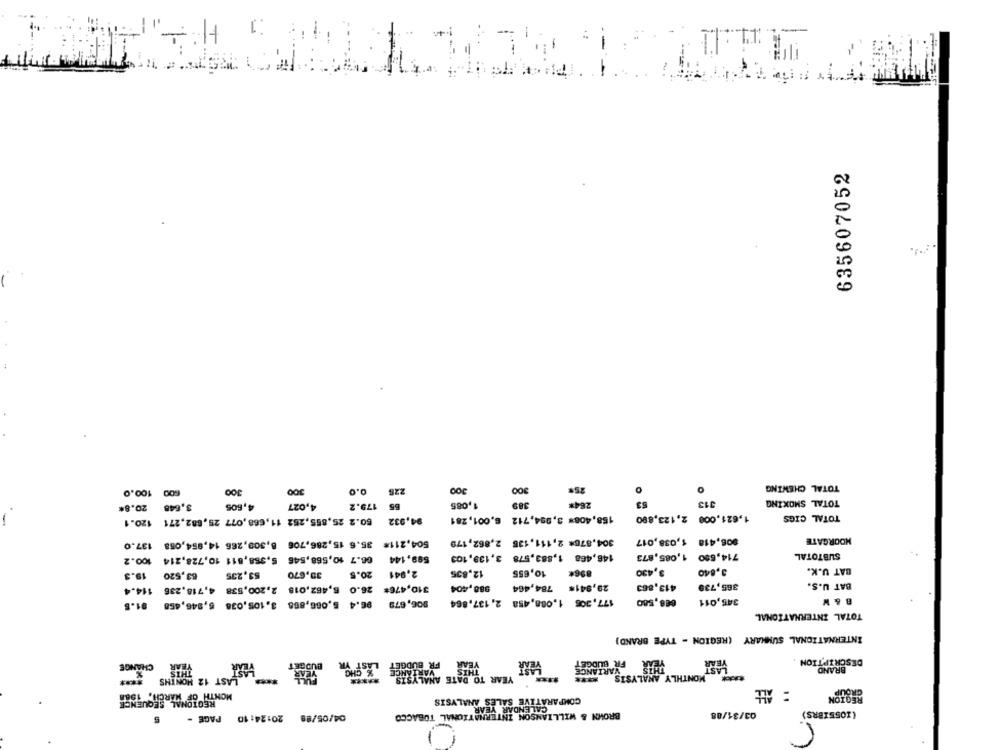
635607052
300
300
25#
TOTAL CHEWING
600 100.0
300
300
0.0
225
4,027
179.2
65
1,085
389
264%
63
313
TOTAL SMOKING
3,648 20.8*
4,605
94,932
158,408# 3,994,712 6,001,281
1,621,000 2,123,890
TOTAL CIGS
60.2 25,855,252 11,668,077 25,682,271 120.1
-
304,876* 2,111,135 2,862,179
906,418 1,038,017
MOORGATE
504,211* 35.6 15,286,706 8,309,266 14,854,058 137.0
146,468 1,883,578 3,139,103
714,600 1,085,873
SUBTOTAL
66.7 10,568,546 5,368,811 10,728,214 100.2
599,144
10,655
896%
3,430
3,840
BAT U.K.
19.3
63,520
53,235
39,670
20.5
2,941
12,835
29,941* 784,464
413,863
365,739
BAT U.S.
310,476# 26.0 6,462,018 2,200,538 4,718,236 114.4
988,404
177,306 1.088,458 2, 137,864
668,580
345,011
B & W
96.4 5,066,868 3,105,038 5,946,458 91.8
906,679
TOTAL INTERNATIONAL
INTERNATIONAL SUMMARY (REGION - TYPE BRAND)
YEAR
DESCRIPTION
CHANGE
LAST 12 MONTHS
BUDGET
LAST YI
VARIANCE
FR BUDGET
YEAR
YEAR
FR BUDGET
THIS
BRAND
.% CHO
THIS
YEAR TO DATE AVARIANCE
VARIANCE
*****
***** MONTHLY ANALYSIS ****
: ALL
MONTH OF MARCH, 1988
COMPARATIVE SALES ANALYSIS
RESTON
REGIONAL SEQUENCE
CALENDAR YEAR
BROWN & WILLIAMSON INTERNATIONAL TOBACCO
03/34/88
(IO55IBRS)
5
04/05/89 20:24:10 PAGE -